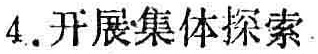
4. 开展集体探索